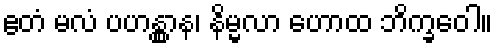
ဧတံ မလံ ပဟန္တွာန၊ နိမ္မလာ ဟောထ ဘိက္ခဝေါ။